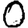
Digit: 0